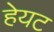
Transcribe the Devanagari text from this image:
हेयट